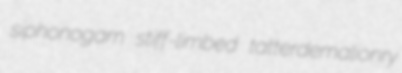
siphonogam stiff-limbed tatterdemalionry